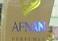
afnan